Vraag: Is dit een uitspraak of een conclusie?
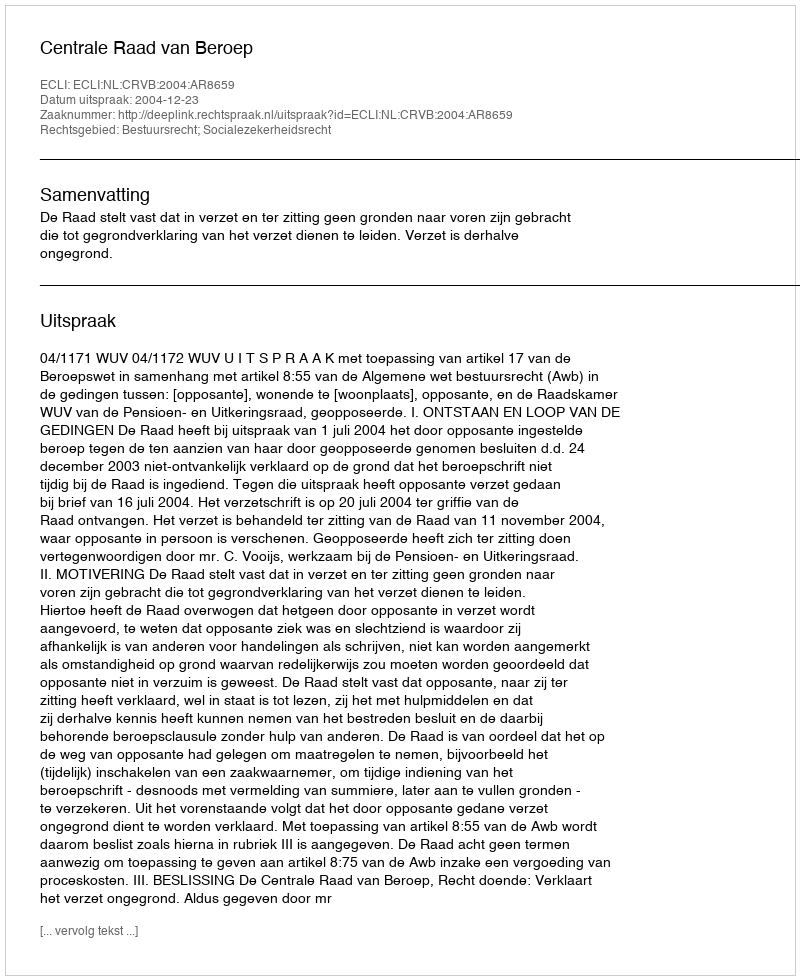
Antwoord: Uitspraak